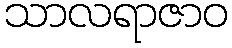
သာလရာဇာဝ